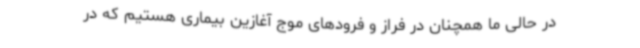
در حالی ما همچنان در فراز و فرودهای موج آغازین بیماری هستیم که در